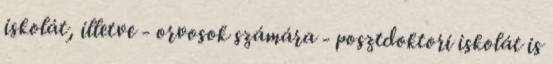
iskolát, illetve - orvosok számára - posztdoktori iskolát is